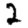
Digit: 2